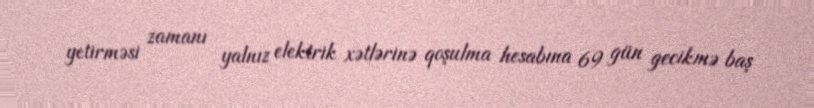
yetirməsi zamanı yalnız elektrik xətlərinə qoşulma hesabına 69 gün gecikmə baş